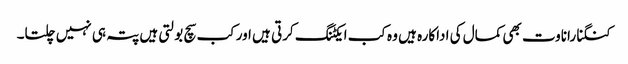
کنگنا راناوت بھی کمال کی اداکارہ ہیں وہ کب ایکٹنگ کرتی ہیں اور کب سچ بولتی ہیں پتہ ہی نہیں چلتا۔